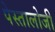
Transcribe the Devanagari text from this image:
पेस्तालोजी